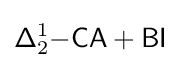
{\mathsf {\Delta }}_{2}^{1}{\mathsf {-CA+BI}}